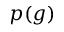
p ( g )